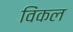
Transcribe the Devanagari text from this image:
विंकल